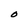
Character: O